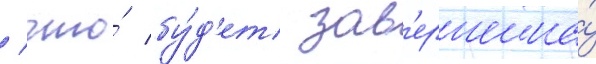
/ что́ бу́д'ет зав'ершена́